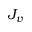
J _ { v }